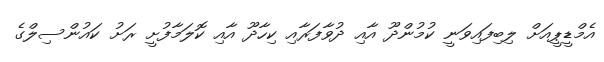
އެމްޑީޕީއަށް ލިބިފައިވަނީ ކުމުންދޫ އާއި ދުވާފަރާއި ކިހާދޫ އާއި ކޮލަމާފުށީ ރަށު ކައުންސިލްގެ